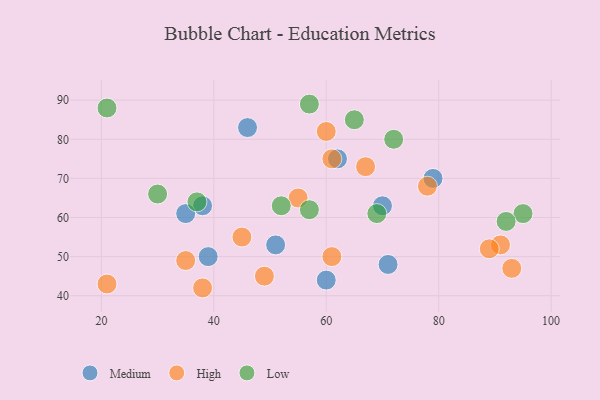
{"axis": {"x": "GDP", "y": "Life Expectancy"}, "legend": ["High", "Low", "Medium"], "data": [{"x": "51", "y": 53, "type": "Medium"}, {"x": "70", "y": 63, "type": "Medium"}, {"x": "39", "y": 50, "type": "Medium"}, {"x": "71", "y": 48, "type": "Medium"}, {"x": "46", "y": 83, "type": "Medium"}, {"x": "62", "y": 75, "type": "Medium"}, {"x": "38", "y": 63, "type": "Medium"}, {"x": "35", "y": 61, "type": "Medium"}, {"x": "60", "y": 44, "type": "Medium"}, {"x": "79", "y": 70, "type": "Medium"}, {"x": "35", "y": 49, "type": "High"}, {"x": "45", "y": 55, "type": "High"}, {"x": "91", "y": 53, "type": "High"}, {"x": "93", "y": 47, "type": "High"}, {"x": "67", "y": 73, "type": "High"}, {"x": "61", "y": 75, "type": "High"}, {"x": "38", "y": 42, "type": "High"}, {"x": "61", "y": 50, "type": "High"}, {"x": "78", "y": 68, "type": "High"}, {"x": "60", "y": 82, "type": "High"}, {"x": "89", "y": 52, "type": "High"}, {"x": "21", "y": 43, "type": "High"}, {"x": "55", "y": 65, "type": "High"}, {"x": "49", "y": 45, "type": "High"}, {"x": "95", "y": 61, "type": "Low"}, {"x": "65", "y": 85, "type": "Low"}, {"x": "30", "y": 66, "type": "Low"}, {"x": "57", "y": 62, "type": "Low"}, {"x": "37", "y": 64, "type": "Low"}, {"x": "21", "y": 88, "type": "Low"}, {"x": "52", "y": 63, "type": "Low"}, {"x": "72", "y": 80, "type": "Low"}, {"x": "57", "y": 89, "type": "Low"}, {"x": "92", "y": 59, "type": "Low"}, {"x": "69", "y": 61, "type": "Low"}]}